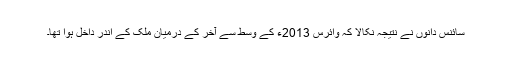
سائنس دانوں نے نتیجہ نکالا کہ وائرس 2013ء کے وسط سے آخر کے درمیان ملک کے اندر داخل ہوا تھا۔